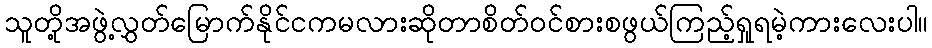
သူတို့အဖွဲ့လွှတ်မြောက်နိုင်ငကမလားဆိုတာစိတ်ဝင်စားစဖွယ်ကြည့်ရှုရမဲ့ကားလေးပါ။